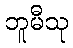
ဘူမီသု